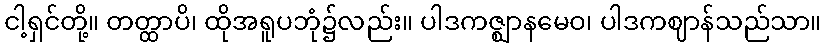
ငါ့ရှင်တို့။ တတ္ထာပိ၊ ထိုအရူပဘုံ၌လည်း။ ပါဒကဇ္ဈာနမေဝ၊ ပါဒကဈာန်သည်သာ။